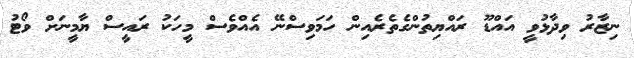
ނިޒާރު ވިދާޅުވީ އައްޑޫ ރައްޔިތުންގެތެރެއިން ހަމަވިސްނޭ އެއްވެސް މީހަކު ރައީސް ޔާމީނަށް ވޯޓު